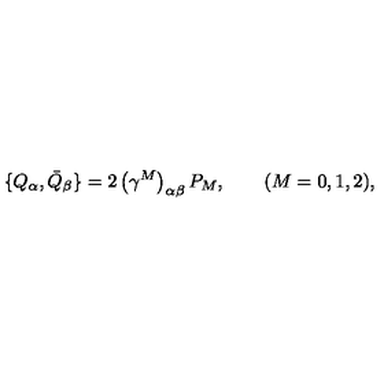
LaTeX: \{ Q _ { \alpha } , { \bar { Q } } _ { \beta } \} = 2 \left( \gamma ^ { M } \right) _ { \alpha \beta } P _ { M } , \qquad ( M = 0 , 1 , 2 ) ,